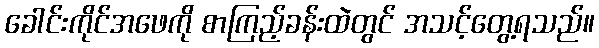
ခေါင်းကိုင်အဖေကို စာကြည့်ခန်းထဲတွင် အသင့်တွေ့ရသည်။